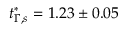
t _ { \Gamma , s } ^ { * } = 1 . 2 3 \pm 0 . 0 5